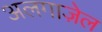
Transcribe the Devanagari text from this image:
अलगाज़ेल